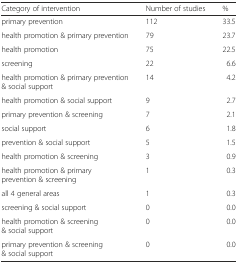
<table><thead><tr><td><b>Category of intervention</b></td><td><b>Number of studies</b></td><td><b>%</b></td></tr></thead><tbody><tr><td>primary prevention</td><td>112</td><td>33.5</td></tr><tr><td>health promotion &amp; primary prevention</td><td>79</td><td>23.7</td></tr><tr><td>health promotion</td><td>75</td><td>22.5</td></tr><tr><td>screening</td><td>22</td><td>6.6</td></tr><tr><td>health promotion &amp; primary prevention &amp; social support</td><td>14</td><td>4.2</td></tr><tr><td>health promotion &amp; social support</td><td>9</td><td>2.7</td></tr><tr><td>primary prevention &amp; screening</td><td>7</td><td>2.1</td></tr><tr><td>social support</td><td>6</td><td>1.8</td></tr><tr><td>prevention &amp; social support</td><td>5</td><td>1.5</td></tr><tr><td>health promotion &amp; screening</td><td>3</td><td>0.9</td></tr><tr><td>health promotion &amp; primary prevention &amp; screening</td><td>1</td><td>0.3</td></tr><tr><td>all 4 general areas</td><td>1</td><td>0.3</td></tr><tr><td>screening &amp; social support</td><td>0</td><td>0.0</td></tr><tr><td>health promotion &amp; screening &amp; social support</td><td>0</td><td>0.0</td></tr><tr><td>primary prevention &amp; screening &amp; social support</td><td>0</td><td>0.0</td></tr></tbody></table>